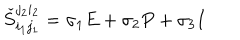
\check { S } _ { i _ { 1 } j _ { 1 } } ^ { j _ { 2 } i _ { 2 } } = \sigma _ { 1 } E + \sigma _ { 2 } P + \sigma _ { 3 } I